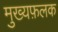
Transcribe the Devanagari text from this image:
मुख्यफ़लक